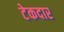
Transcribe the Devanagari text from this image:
टेकदार